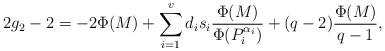
\begin{align*}2g_2 - 2 = -2\Phi(M) + \sum_{i = 1}^v d_is_i\frac{\Phi(M)}{\Phi(P_i^{\alpha_i})} + (q-2)\frac{\Phi(M)}{q-1},\end{align*}